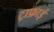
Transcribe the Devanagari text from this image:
ट्राफ़ाई